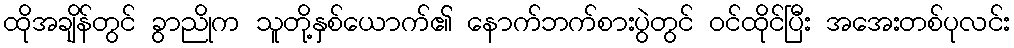
ထိုအချိန်တွင် ခွာညိုက သူတို့နှစ်ယောက်၏ နောက်ဘက်စားပွဲတွင် ဝင်ထိုင်ပြီး အအေးတစ်ပုလင်း